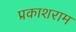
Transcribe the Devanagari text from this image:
प्रकाशराम